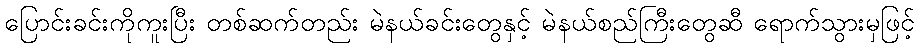
ပြောင်းခင်းကိုကူးပြီး တစ်ဆက်တည်း မဲနယ်ခင်းတွေနှင့် မဲနယ်စည်ကြီးတွေဆီ ရောက်သွားမှဖြင့်